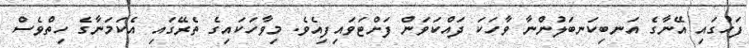
ފަހުގައި އޭނާގެ އަނބިކަނބަލުންނާ ވާހަކަ ދައްކަވަން ފަށްޓަވައިފިއެވެ. މިވާހަކައިގެ ތެރޭގައި އެކަމަނާގެ ހިތްވެސް